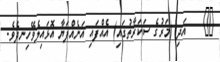
٢٩    އަދި (މަރުގެ ސަކަރާތުގައި) އެއްފައި އަނެއްފަޔާ އޮޅައިލެވޭހިނދެވެ.